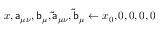
{ \boldsymbol { x } } , \mathsf { a } _ { \mu \nu } , \mathsf { b } _ { \mu } , \mathsf { \tilde { a } } _ { \mu \nu } , \mathsf { \tilde { b } } _ { \mu } \gets { \boldsymbol { x } } _ { 0 } , 0 , 0 , 0 , 0